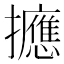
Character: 𪯂